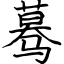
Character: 蓦